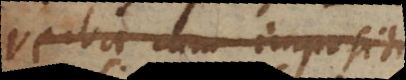
verba cum imposit